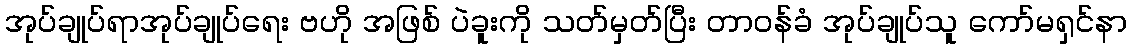
အုပ်ချုပ်ရာအုပ်ချုပ်ရေး ဗဟို အဖြစ် ပဲခူးကို သတ်မှတ်ပြီး တာဝန်ခံ အုပ်ချုပ်သူ ကော်မရှင်နာ